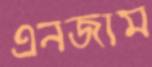
এনজাম